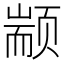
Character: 颛